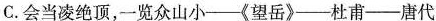
C.会当凌绝顶，一览众山小-《望岳》-杜甫-唐代